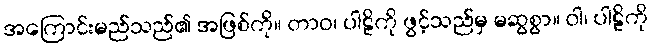
အကြောင်းမည်သည်၏ အဖြစ်ကို။ တာဝ၊ ပါဠိကို ဖွင့်သည်မှ မဆွစွာ။ ဝါ၊ ပါဠိကို